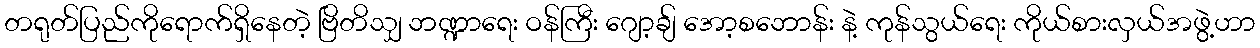
တရုတ်ပြည်ကိုရောက်ရှိနေတဲ့ ဗြိတိသျှ ဘဏ္ဍာရေး ဝန်ကြီး ဂျော့ချ် အော့စဘောန်း နဲ့ ကုန်သွယ်ရေး ကိုယ်စားလှယ်အဖွဲ့ဟာ